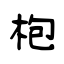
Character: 枹